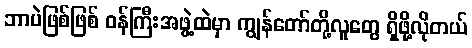
ဘာပဲဖြစ်ဖြစ် ဝန်ကြီးအဖွဲ့ထဲမှာ ကျွန်တော်တို့လူတွေ ရှိဖို့လိုတယ်